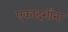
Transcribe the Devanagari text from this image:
एकादशींना